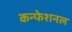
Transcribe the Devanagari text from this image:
कन्फेशनल